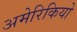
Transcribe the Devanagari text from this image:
अमेरिकियो